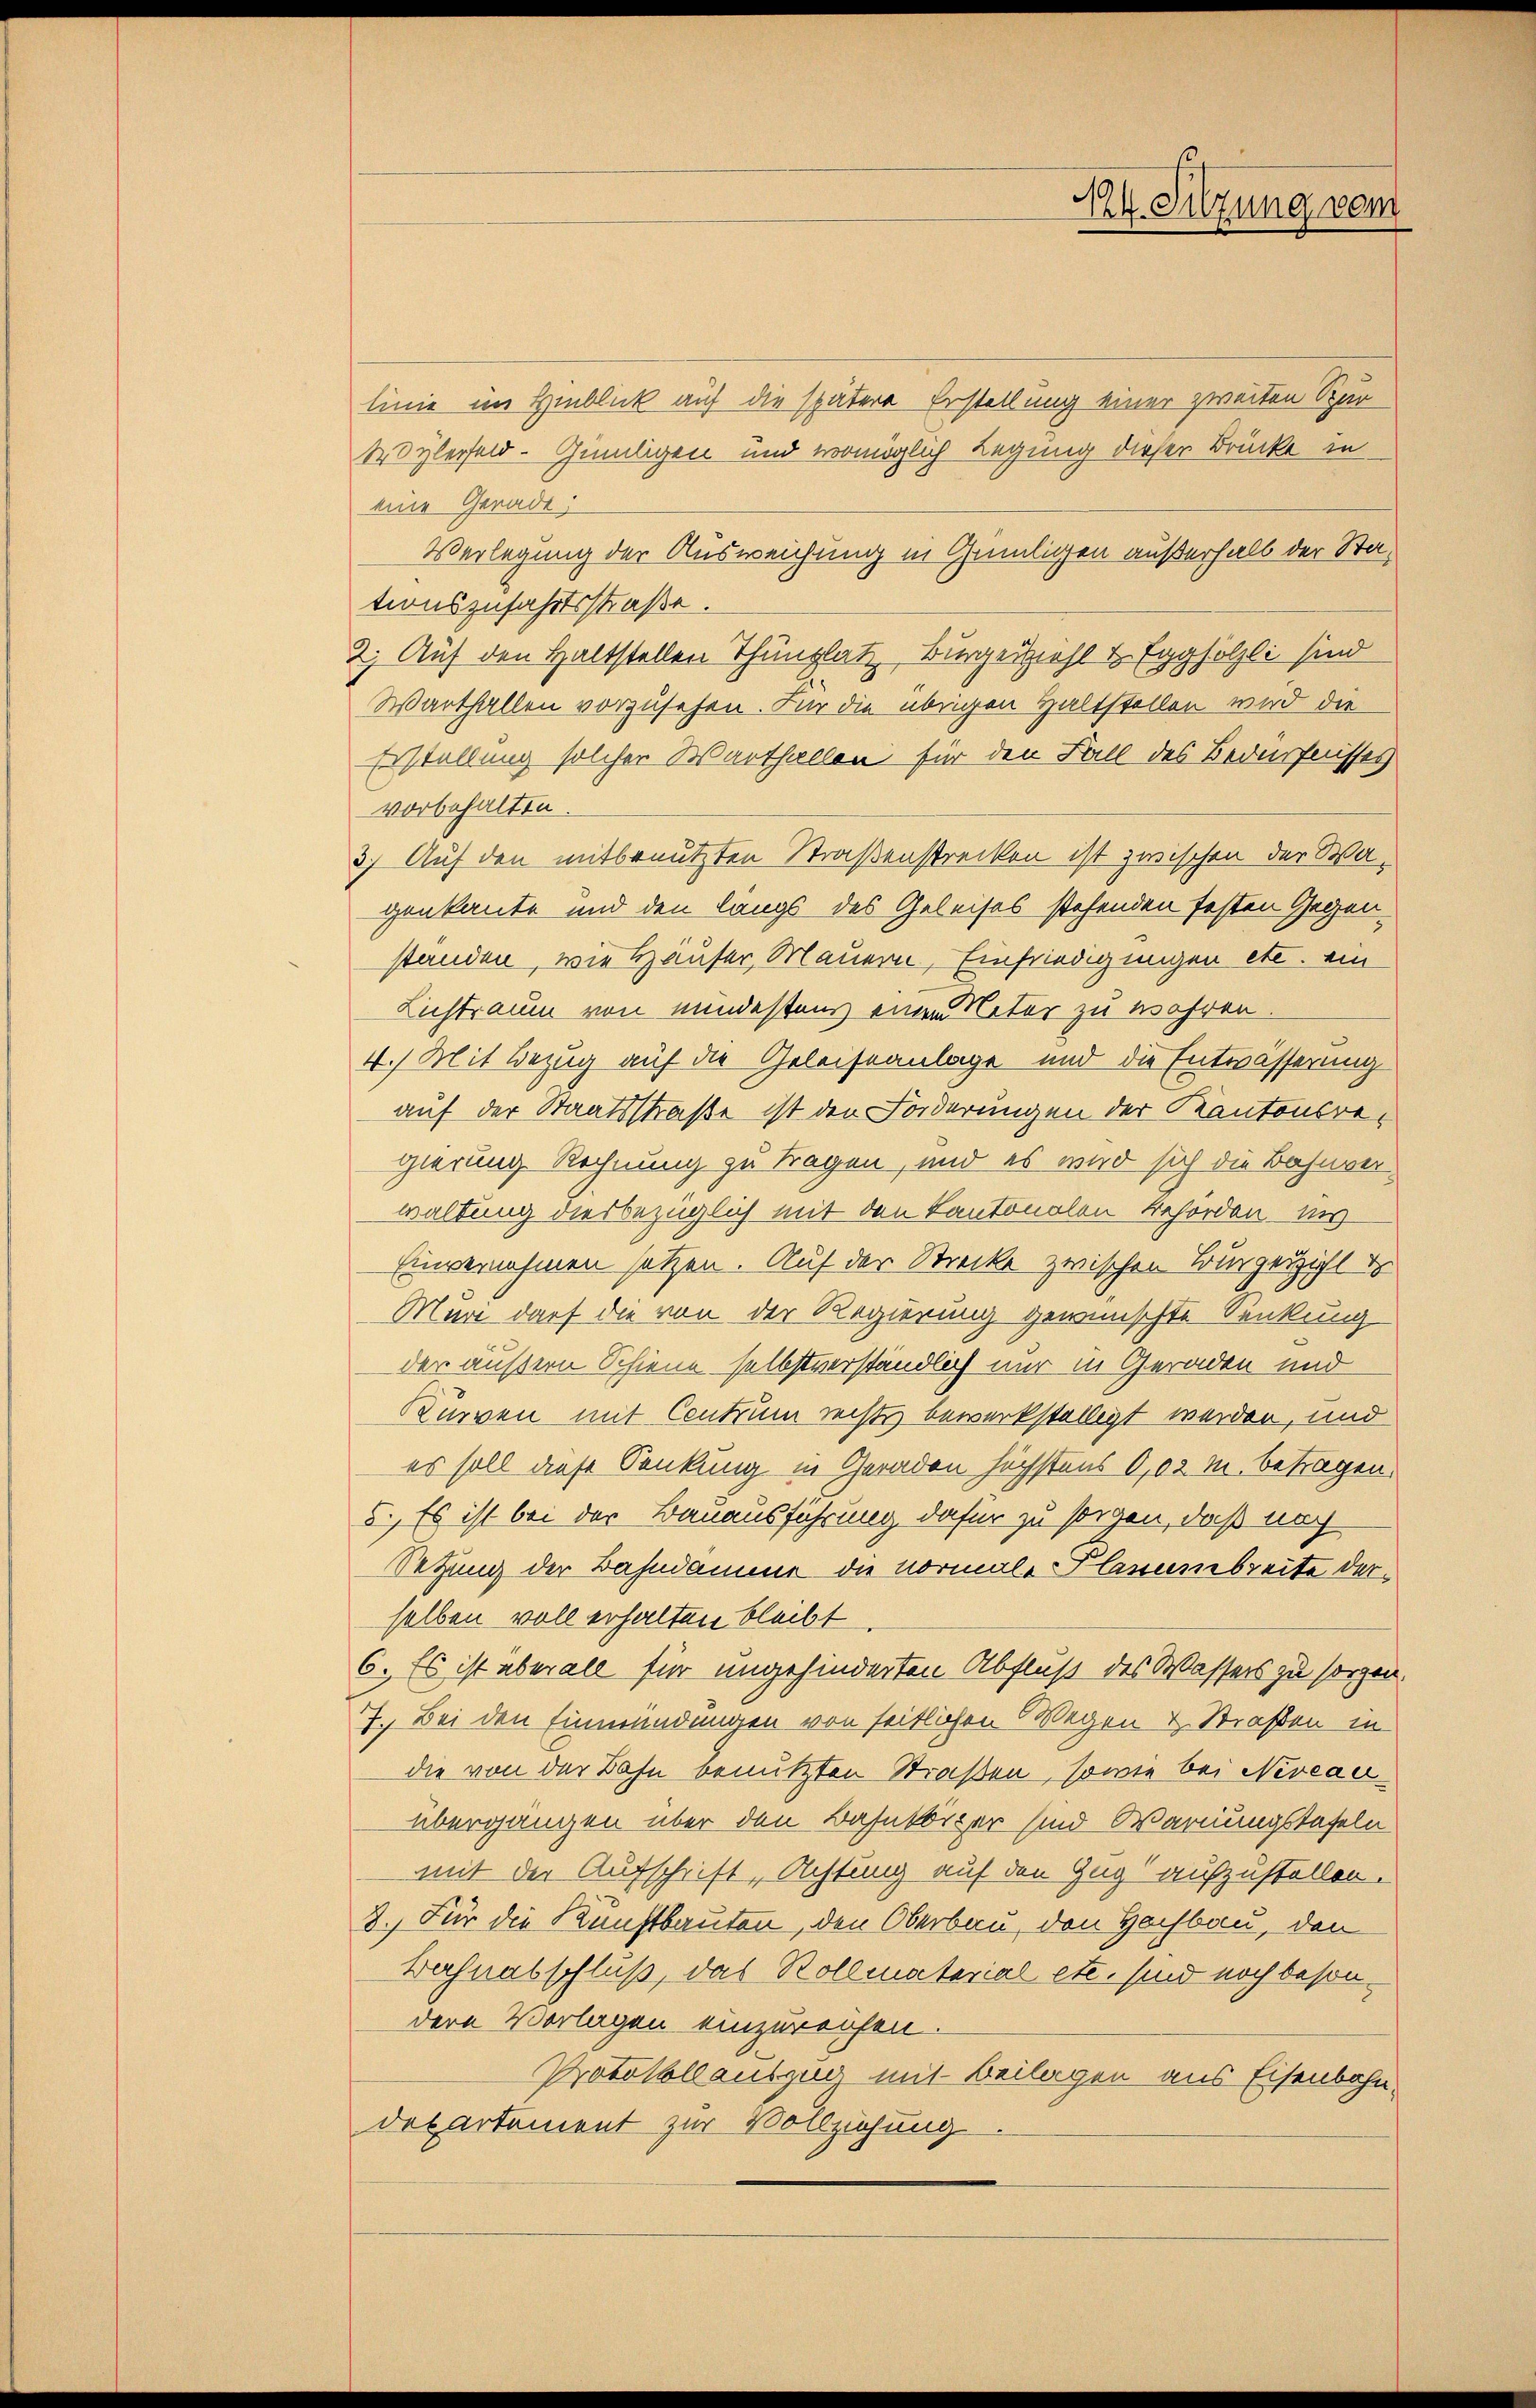
X24. Sitzung vom

linie im Hinblick auf die spätere Erstellung einer zweiten Spar-
Wylerfeld-Geiligen und womöglich Legung dieser Brücke in
eine Gerade
Verlegung der Ausweichung in Geiligen außerhalb der Stationszufahrtsstraße.
2. Auf den Haltstellen Thunplatz, Burgerziehl & Egghölzli sind
Warthallen vorzusehen. Für die übrigen Haltstellen wird die
Erstellung solcher Warthallen für den Fall des Bedürfnisses
vorbehalten.
3) Auf den mitbenutzten Straßenstrecken ist zwischen der Wagenkante und den langs des Geleises stehenden festen Gegenstanden, wie Häuser, Mauern, Einfriedigungen etc. ein
Lichtraum von mindestens einen Natur zu wahren
4.) Mit Bezug auf die Geleiseanlage und die Entwässerung
auf der Staatsstraße ist den Forderungen der Kantonsregierung Rechnung zu tragen, und es wird sich die Bahnverwaltung diesbezüglich mit den Kantonalen Behörden ins
Einvernehmen setzen. Auf der Strecke zwischen Bürgerziehl
Muri darf die von der Regierung gewünschte Senkung
der äußern Schiene selbstverständlich nur in Geraden und
Kurven mit Centrum rechts bewerkstelligt werden, und
es soll diese Senkung in Geraden höchstens 0,02 M. betragen.
5., Es ist bei der Bauausführung dafür zu sorgen, daß noch
Setzung der Bahndamme die vormale lanabreite derselben voll erhalten bleibt
6. Es ist überall für ungehinderten Abfluß des Wassers zu sorgen.
7. Bei den Einmündungen von seitlichen Wegen u. Straßen in
die von der Bahn benutzten Straßen, sowie bei Niveauübergangen über den Bahnkörper sind Warnungstafeln
mit der Aufschrift, Achtung auf den Zug aufzustellen.
3.) Für die Kunstbauten, den Oberbau, den Hochbau, den
Bahnabschluß, das Rollmaterial etc. sind noch besondere Vorlagen einzureichen.
Protokollauszug mit Beilagen aus Eisenbahndepartement zur Vollziehung